Papaver somniferum - Opium : an extract from the sixth volume of the Dictionary of Economic Products of India
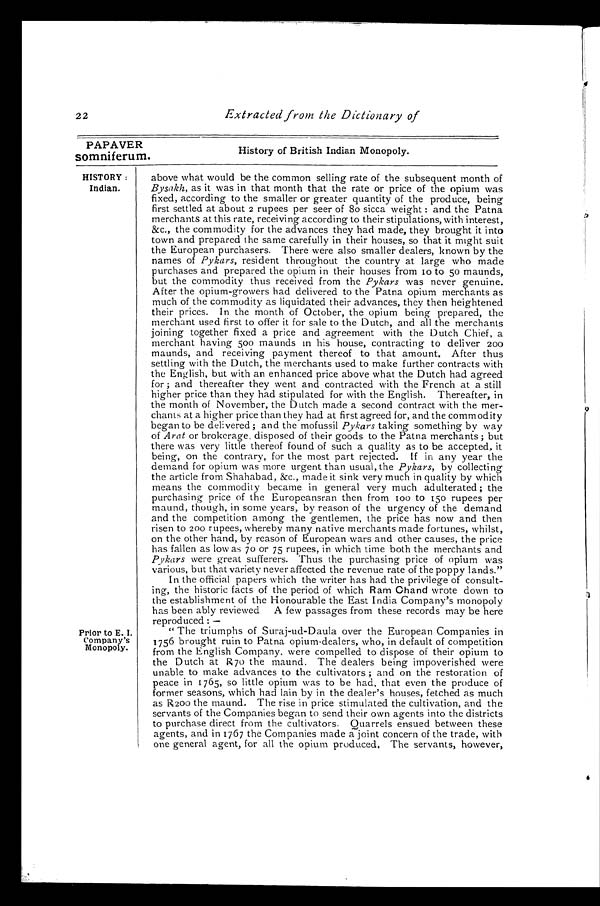
PAPAVER
somniferum.
HI STORY:
Indian.
Prior to E. I.
Company's Monopoly.
22
Extracted from the Dictionary of
History of British Indian Monopoly.
above what would be the common selling rate of the subsequent month of
Bysakh, as it was in that month that the rate or price of the opium was
fixed, according to the smaller or greater quantity of the produce, being
first settled at about 2 rupees per seer of 80 sicca weight: and the Patna
merchants at this rate, receiving according to their stipulations, with interest,
&c., the commodity for the advances they had made, they brought it into
town and prepared the same carefully in their houses, so that it might suit
the European purchasers. There were also smaller dealers, known by the
names of Pykars, resident throughout the country at large who made
purchases and prepared the opium in their houses from 10 to 50 maunds,
but the commodity thus received from the Pykars was never genuine.
After the opium-growers had delivered to the Patna opium merchants as
much of the commodity as liquidated their advances, they then heightened
their prices. In the month of October, the opium being prepared, the
merchant used first to offer it for sale to the Dutch, and all the merchants
joining together fixed a price and agreement with the Dutch Chief, a
merchant having 500 maunds in his house, contracting to deliver 200
maunds, and receiving payment thereof to that amount. After thus
settling with the Dutch, the merchants used to make further contracts with
the English, but with an enhanced price above what the Dutch had agreed
for; and thereafter they went and contracted with the French at a still
higher price than they had stipulated for with the English. Thereafter, in
the month of November, the Dutch made a second contract with the mer-
chants at a higher price than they had at first agreed for, and the commodity
began to be delivered; and the mofussil Pykars taking something by way
of Arat or brokerage disposed of their goods to the Patna merchants; but
there was very little thereof found of such a quality as to be accepted, it
being, on the contrary, for the most part rejected. If in any year the
demand for opium was more urgent than usual, the Pykars, by collecting
the article from Shahabad, &c., made it sink very much in quality by which
means the commodity became in general very much adulterated; the
purchasing price of the Europeansran then from 100 to 150 rupees per
maund, though, in some years, by reason of the urgency of the demand
and the competition among the gentlemen, the price has now and then
risen to 200 rupees, whereby many native merchants made fortunes, whilst,
on the other hand, by reason of European wars and other causes, the price
has fallen as low as 70 or 75 rupees, in which time both the merchants and
Pykars were great sufferers. Thus the purchasing price of opium was
various, but that variety never affected the revenue rate of the poppy lands."
In the official papers which the writer has had the privilege of consult-
ing, the historic facts of the period of which Ram Chand wrote down to
the establishment of the Honourable the East India Company's monopoly
has been ably reviewed A few passages from these records may be here
reproduced: —
" The triumphs of Suraj-ud-Daula over the European Companies in
1756 brought ruin to Patna opium-dealers, who, in default of competition
from the English Company, were compelled to dispose of their opium to
the Dutch at R70 the maund. The dealers being impoverished were
unable to make advances to the cultivators; and on the restoration of
peace in 1765, so little opium was to be had, that even the produce of
former seasons, which had lain by in the dealer's houses, fetched as much
as R200 the maund. The rise in price stimulated the cultivation, and the
servants of the Companies began to send their own agents into the districts
to purchase direct from the cultivators. Quarrels ensued between these
agents, and in 1767 the Companies made a joint concern of the trade, with
one general agent, for all the opium produced. The servants, however,